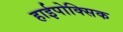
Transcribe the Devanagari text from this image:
हाईपोक्सिक